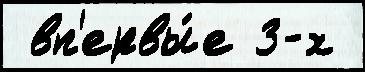
 вп'ервы́е 3-х